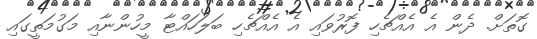
ގޮތަށް. ދެން އެ އެއްޗެހި ފޮރުވައި އެ އެއްޗެހި ބަލަހައްޓާ މީހުންނާއި މަގުމަތީގައި